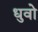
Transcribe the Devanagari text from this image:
धुवो